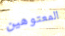
المعتوهين